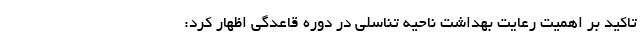
تاکید بر اهمیت رعایت بهداشت ناحیه تناسلی در دوره قاعدگی اظهار کرد: